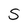
Character: S